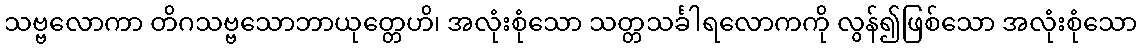
သဗ္ဗလောကာ တိဂသဗ္ဗသောဘာယုတ္တေဟိ၊ အလုံးစုံသော သတ္တသင်္ခါရလောကကို လွန်၍ဖြစ်သော အလုံးစုံသော